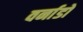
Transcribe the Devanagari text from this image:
वर्नाडो